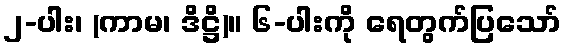
၂-ပါး၊ (ကာမ၊ ဒိဋ္ဌိ)။ ၆-ပါးကို ရေတွက်ပြသော်